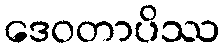
ဒေဝတာပိဿ